Annual report of the Madras Medical College
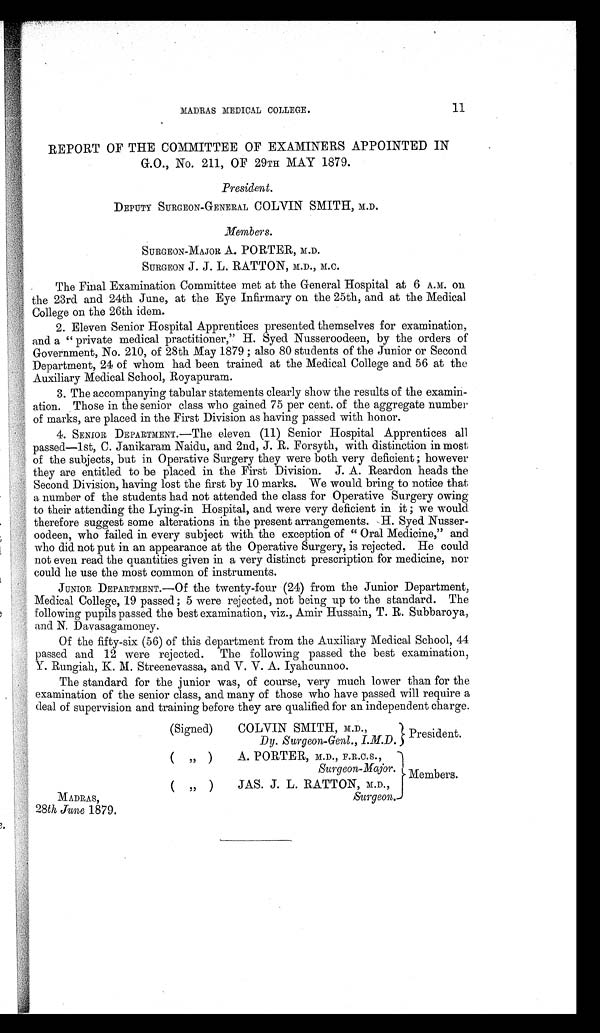
MADRAS MEDICAL COLLEGE.
11
REPORT OF THE COMMITTEE OF EXAMINERS APPOINTED IN
G.O., No. 211, OF 29TH MAY 1879.
President.
DEPUTY SURGEON-GENERAL COLVIN SMITH, M.D.
Members.
SURGEON-MAJOR A. PORTER, M.D.
SURGEON J. J. L. RATTON, M.D., M.C.
The Final Examination Committee met at the General Hospital at 6 A.M. on
the 23rd and 24th June, at the Eye Infirmary on the 25th, and at the Medical
College on the 26th idem.
2. Eleven Senior Hospital Apprentices presented themselves for examination,
and a "private medical practitioner," H. Syed Nusseroodeen, by the orders of
Government, No. 210, of 28th May 1879; also 80 students of the Junior or Second
Department, 24 of whom had been trained at the Medical College and 56 at the
Auxiliary Medical School, Royapuram.
3. The accompanying tabular statements clearly show the results of the examin
-ation. Those in the senior class who gained 75 per cent. of the aggregate number
of marks, are placed in the First Division as having passed with honor.
4. SENIOR DEPARTMENT.—The eleven (11) Senior Hospital Apprentices all
passed-1st, C. Janikaram Naidu, and 2nd, J. R. Forsyth, with distinction in most
of the subjects, but in Operative Surgery they were both very deficient; however
they are entitled to be placed in the First Division. J. A. Reardon heads the
Second Division, having lost the first by 10 marks. We would bring to notice that
a number of the students had not attended the class for Operative Surgery owing
to their attending the Lying-in Hospital, and were very deficient in it; we would
therefore suggest some alterations in the present arrangements. H. Syed Nusser
-oodeen, who failed in every subject with the exception of "Oral Medicine," and
who did not put in an appearance at the Operative Surgery, is rejected. He could
not even read the quantities given in a very distinct prescription for medicine, nor
could he use the most common of instruments.
JUNIOR DEPARTMENT.—Of the twenty-four (24) from the Junior Department,
Medical College, 19 passed; 5 were rejected, not being up to the standard. The
following pupils passed the best examination, viz., Amir Hussain, T. R. Subbaroya,
and N. Davas agamoney.
Of the fifty-six (56) of this department from the Auxiliary Medical School, 44
passed and 12 were rejected. The following passed the best examination,
Y. Rungiah, K. M. Streenevassa, and V. V. A. Iyahcunnoo.
The standard for the junior was, of course, very much lower than for the
examination of the senior class, and many of those who have passed will require a
deal of supervision and training before they are qualified for an independent charge.
(Signed) COLVIN SMITH, M.D.,
President.
Dy. Surgeon-Genl., I.M.D.
( „ )
A . P O R T E R , M . D . , F . R . C . S . ,
Surgeon-Major. Members.
(,,) JAS. J. L. RATTON, M.D.,
MADRAS,
Surgeon.
28th June 1879.